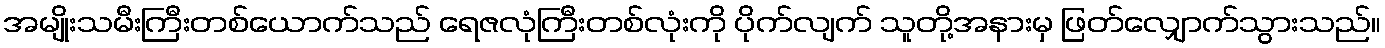
အမျိုးသမီးကြီးတစ်ယောက်သည် ရေဇလုံကြီးတစ်လုံးကို ပိုက်လျက် သူတို့အနားမှ ဖြတ်လျှောက်သွားသည်။